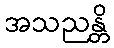
အသညန္တိ